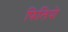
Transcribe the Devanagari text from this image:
फिलिपो